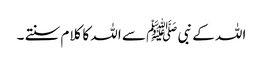
اللہ کے نبی ﷺ سے اللہ کا کلام سنتے ۔